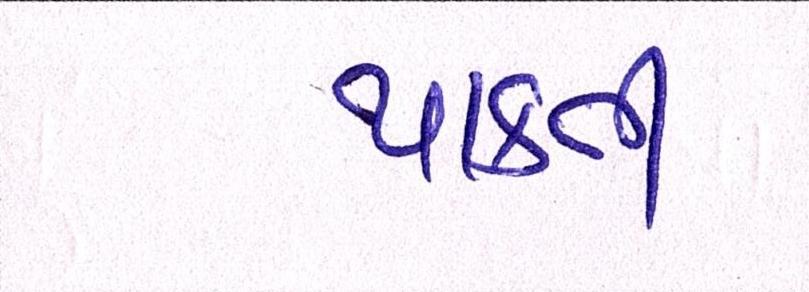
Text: પાકતી